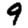
Digit: 9